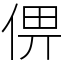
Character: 㑭